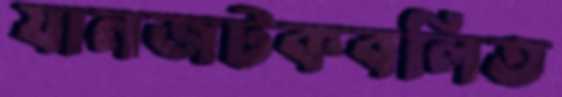
যানজটকবলিত